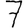
Digit: 7